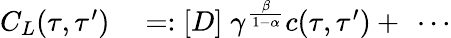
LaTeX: \begin{array}{rl}{C_{L}(\tau,\tau^{\prime})}&{{}=:\left[D\right]\; \gamma^{\frac{\beta}{1-\alpha}}c(\tau,\tau^{\prime})+\ \cdots}\end{array}